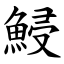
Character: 鮼